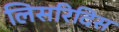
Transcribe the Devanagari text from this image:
लिसरिदिस